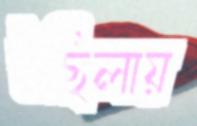
উছিলায়